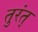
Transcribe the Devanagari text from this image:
तुरंत्